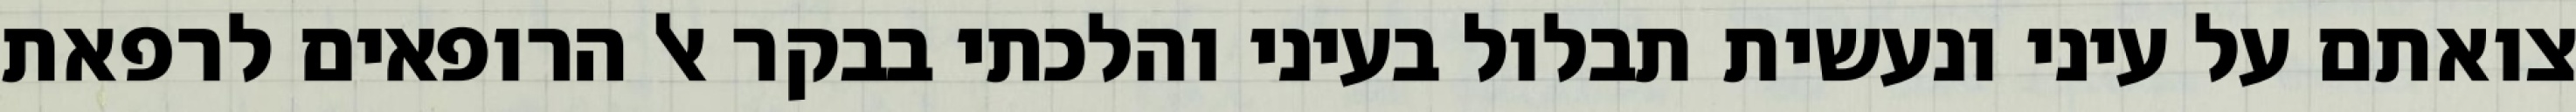
צואתם על עיני ונעשית תבלול בעיני והלכתי בבקר אל הרופאים לרפאת